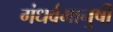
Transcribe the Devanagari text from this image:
गंधर्वमानुषी